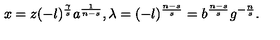
x = z ( - l ) ^ { \frac { \gamma } { s } } a ^ { \frac { 1 } { n - s } } , \lambda = ( - l ) ^ { \frac { n - s } { s } } = b ^ { \frac { n - s } { s } } g ^ { - \frac { n } { s } } .